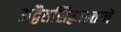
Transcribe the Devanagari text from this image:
अद्वैतसिद्धान्ताचे